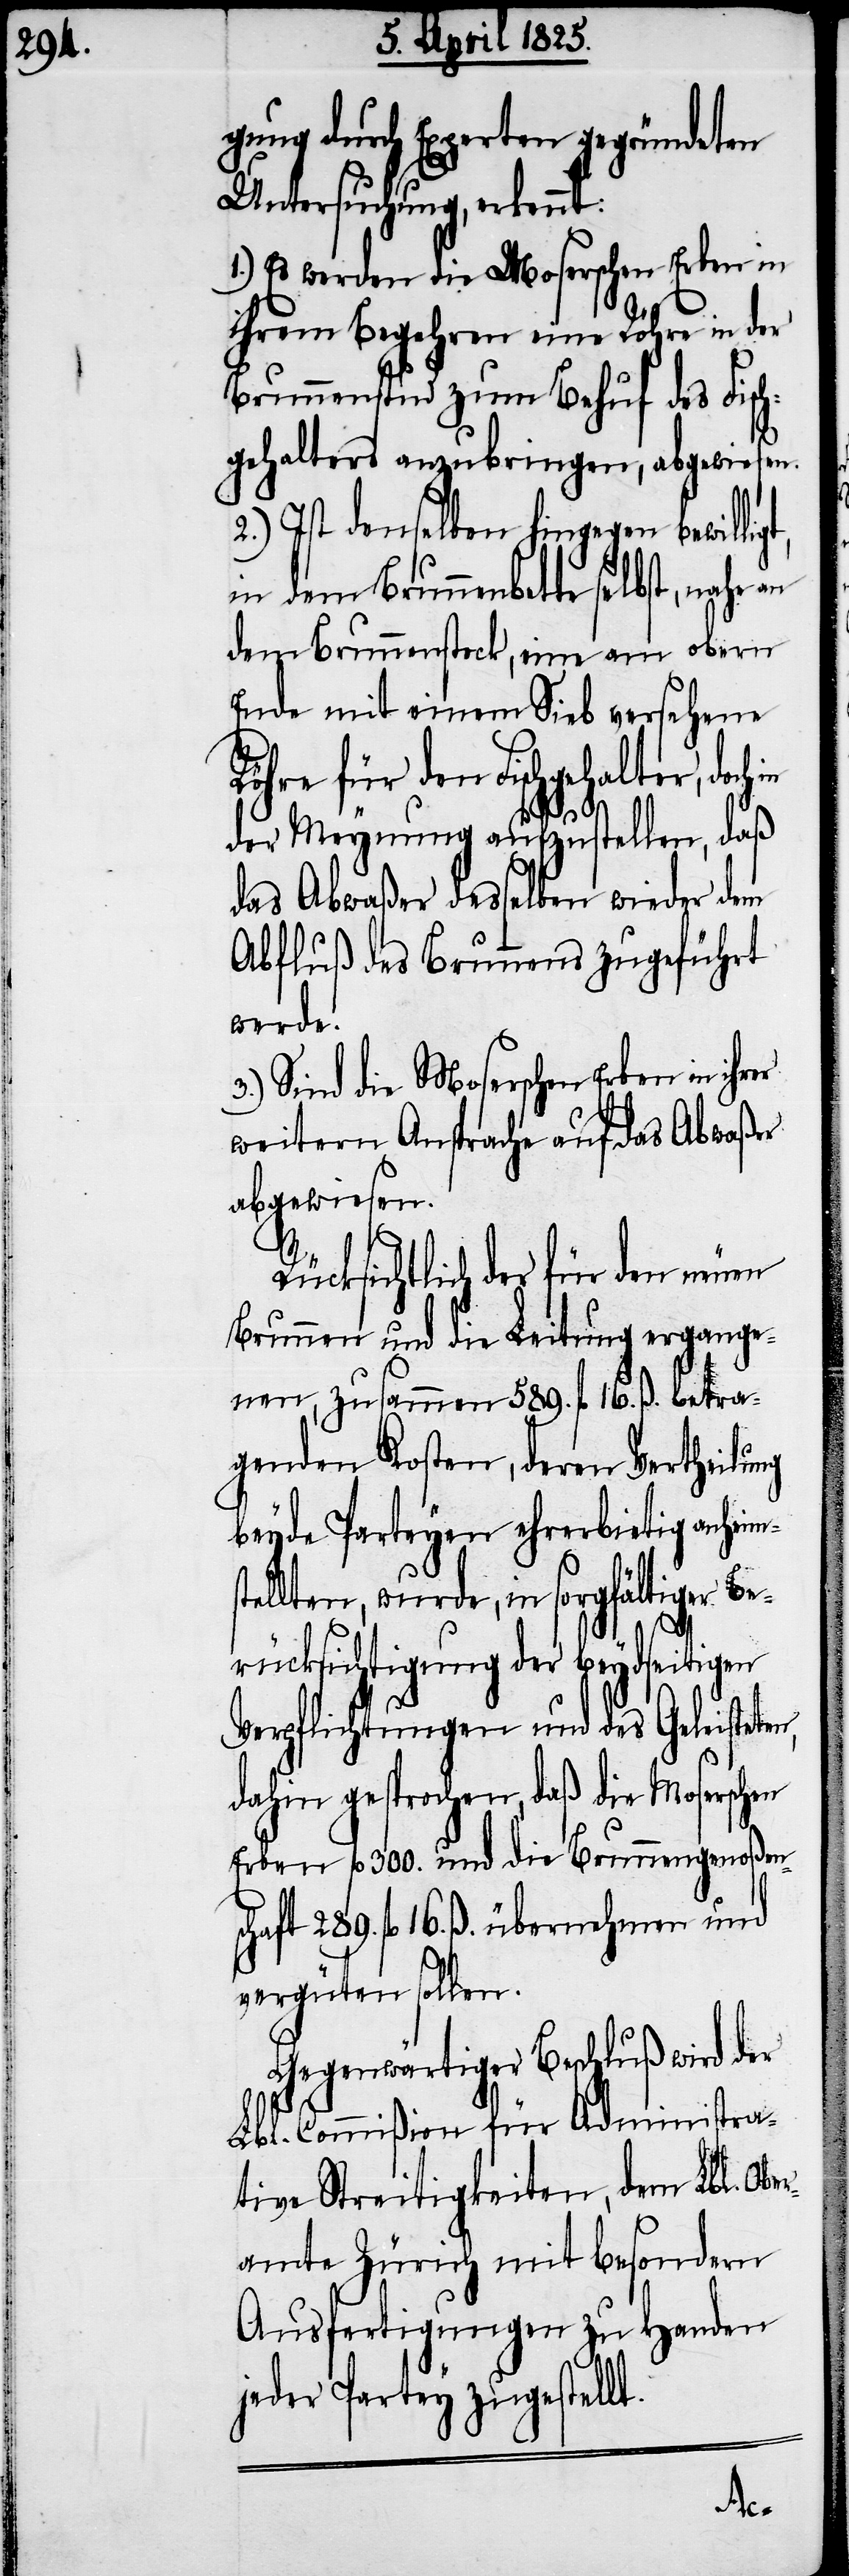
gung durch Experten gegründeten
Untersuchung, erkennt:
1.) Es werden die Moserschen Erben in
ihrem Begehren eine Röhre in der
Brunnenstud zum Behuf des Fisch¬
gehalters anzubringen, abgewiesen.
2.) Ist denselben hingegen bewillig¬
in dem Brunnenbette selbst, nahe
dem Brunnenstock, eine am obern
Ende mit einem Sieb versehene
für den Fischgehalter, doch
der Meynung aufzustellen, daß
das Abwaßer desselben wieder dem
Abfluß des Brunnens zugeführt
werde.
3.) Sind die Moserschen Erben in ihr¬
weitern Ansprache auf das Abwaßer
abgewiesen.
Rücksichtlich der für den neuen
Brunnen und die Leitung ergange¬
nen, zusammen 589. fl 16. ß. betra¬
genden Kosten, deren Vertheilung
beyde Parteyen ehrerbietig anhei¬
tellten, wurde, in sorgfältiger Be¬
rücksichtigung der beydseitigen
Verpflichtungen und des Geleisteten,
dahin gesprochen, daß die Moserschen
Erben fl 300. und die Brunnengenoßens¬
chaft 289. fl 16. ß. übernehmen und
vergüten sollen.
Gegenwärtiger Beschluß wird der
Lbl. Commißion für Administra¬
tive Streitigkeiten, dem Lbl. Ober¬
amte Zürich mit besondern
Ausfertigungen zu Handen
jeder Partey zugestell¬
t.